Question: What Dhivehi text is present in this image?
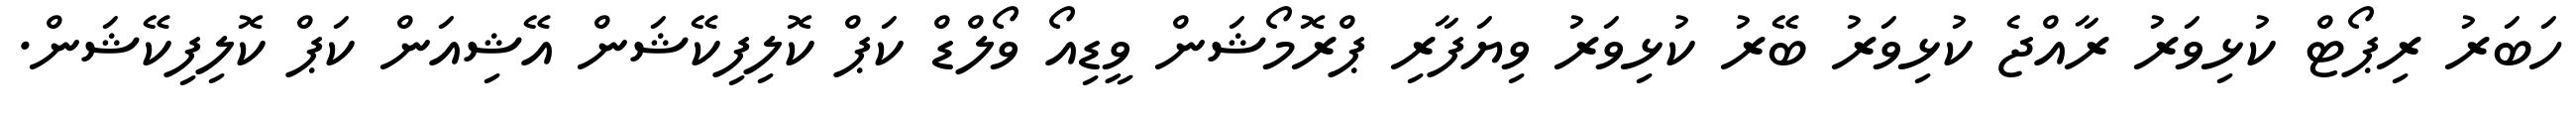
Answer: ހަބަރު ރިޕޯޓް ކުޅިވަރު ރާއްޖެ ކުޅިވަރު ބޭރު ކުޅިވަރު ވިޔަފާރި ޕްރޮމޯޝަން ވީޑިއޯ ވޯލްޑް ކަޕް ކޮލިފިކޭޝަން އޭޝިއަން ކަޕް ކޮލިފިކޭޝަން.